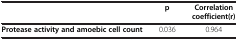
<table><thead><tr><td><b> </b></td><td><b>p</b></td><td><b>Correlation coefficient(r)</b></td></tr></thead><tbody><tr><td><b>Protease activity and amoebic cell count</b></td><td>0.036</td><td>0.964</td></tr></tbody></table>